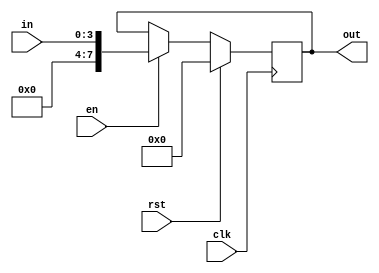
`timescale 1ns / 1ps
//////////////////////////////////////////////////////////////////////////////////
// Company: 
// Engineer: 
// 
// Design Name: 
// Module Name: REGISTER_32bit
// Project Name: 
// Target Devices: 
// Tool Versions: 
// Description: 
// 
// Dependencies: 
// 
// Revision:
// Revision 0.01 - File Created
// Additional Comments:
// 
//////////////////////////////////////////////////////////////////////////////////


module REGISTER
 #(parameter WIDTH = 4)
   (
    input [WIDTH-1:0] in,
    input en,
    input clk,
    input rst,
    output reg [WIDTH-11:0] out
    );
    
    always@(posedge clk)begin
      if(rst==1)  out<=0;
      else begin
        if(en==1) out<=in;
        else out<=out;
      end
    end
    
endmodule